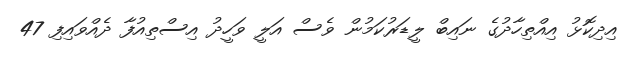
އިދިކޮޅު އިއްތިހާދުގެ ނައިބް ލީޑަރުކަމުން ވެސް އަލީ ވަހީދު އިސްތިއުފާ ދެއްވައިފި 47